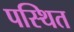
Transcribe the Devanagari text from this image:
पस्थित